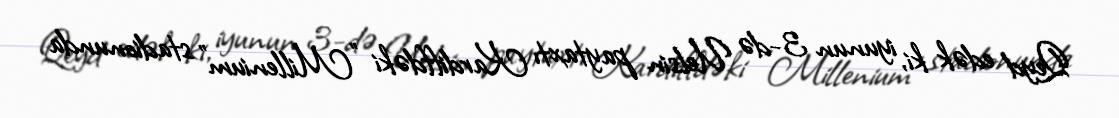
Qeyd edək ki, iyunun 3-də Uelsin paytaxtı Kardiffdəki "Millenium" stadionunda